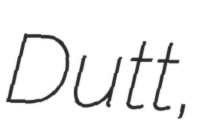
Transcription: Dutt,